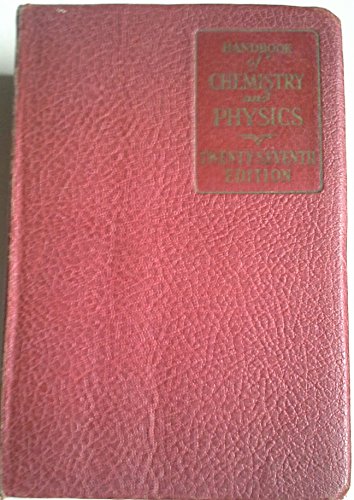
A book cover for Handbook of Chemistry and Physics a Ready -Reference Book of Chemical and Physical Data (27th Edition); Charles Hodgman; Science & Math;